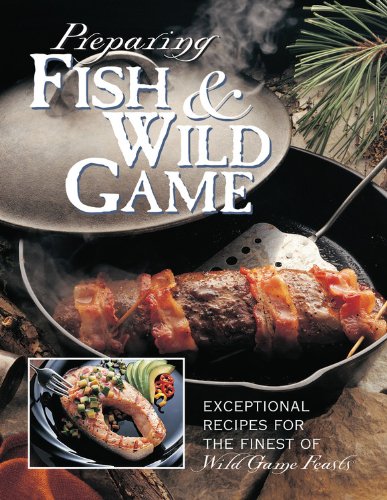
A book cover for Preparing Fish & Wild Game: The Complete Photo Guide to Cleaning and Cooking Your Wild Harvest; Editors of Creative Publishing; Cookbooks, Food & Wine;